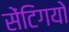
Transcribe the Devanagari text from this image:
सेंटिगयो